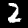
Digit: 2